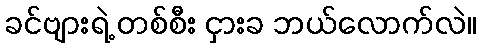
ခင်ဗျားရဲ့ တစ်စီး ငှားခ ဘယ်လောက်လဲ။